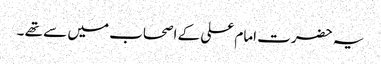
یہ حضرت امام علی کے اصحاب میں سے تھے ۔